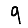
Digit: 9